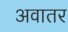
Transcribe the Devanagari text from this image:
अवातर